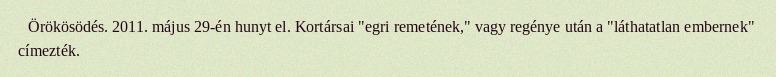
Örökösödés. 2011. május 29-én hunyt el. Kortársai "egri remetének," vagy regénye után a "láthatatlan embernek" címezték.